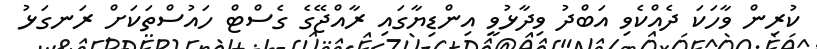
ކުރިން ވާހަކަ ދެއްކެވި އަބްދު ވިދާޅުވީ އިންޑިޔާގައި ރާއްޖޭގެ ގެސްޓް ހައުސްތަކަށް ރަނގަޅު